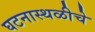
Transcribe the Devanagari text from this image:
घटनास्थळीचे